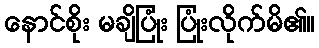
နောင်စိုး မချိပြုံး ပြုံးလိုက်မိ၏။